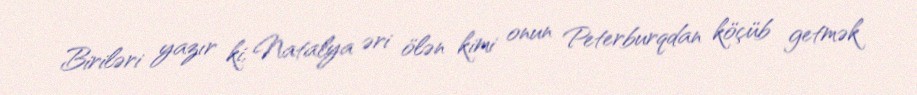
Biriləri yazır ki, Natalya əri ölən kimi onun Peterburqdan köçüb getmək